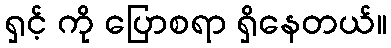
ရှင့် ကို ပြောစရာ ရှိနေတယ်။